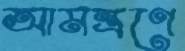
আমন্ত্রণে